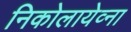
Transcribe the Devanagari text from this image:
निकोलायेव्ना